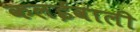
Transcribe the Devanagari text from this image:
कलईवाली